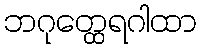
ဘဂုတ္ထေရဂါထာ